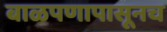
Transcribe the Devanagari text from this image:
बाळपणापासूनच